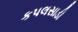
કપલસાડી